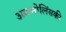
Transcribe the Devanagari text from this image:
अकमोलिंसकी